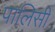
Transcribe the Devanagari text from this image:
पालिसीं